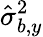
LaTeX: \hat{\sigma}_{b,y}^{2}